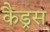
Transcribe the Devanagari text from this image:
कैड्रस